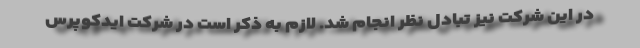
در این شرکت نیز تبادل نظر انجام شد. لازم به ذکر است در شرکت ایدکوپرس